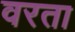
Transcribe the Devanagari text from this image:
वरता